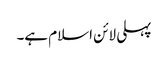
پہلی لائن اسلام ہے۔